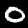
Label: 0